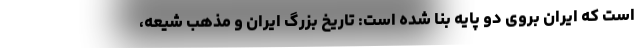
است که ایران بروی دو پایه بنا شده است: تاریخ بزرگ ایران و مذهب شیعه،